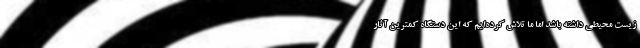
زیست محیطی داشته باشد اما ما تلاش کرده‌ایم که این دستگاه کمترین آثار